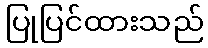
ပြုပြင်ထားသည်